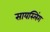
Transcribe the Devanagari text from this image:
सायस्लिंग